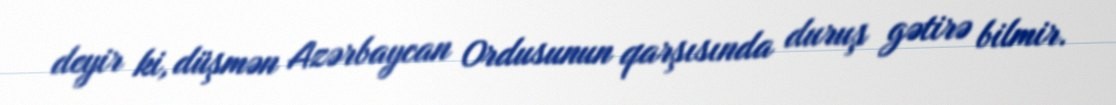
deyir ki, düşmən Azərbaycan Ordusunun qarşısında duruş gətirə bilmir.